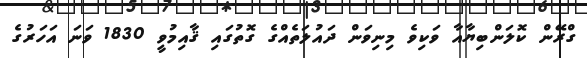
ގްރޭން ކޮލަންބިޔާއާ ވަކިވެ މިނިވަން ދައުލަތެއްގެ ގޮތުގައި ޤާއިމުވީ 1830 ވަނަ އަހަރުގެ